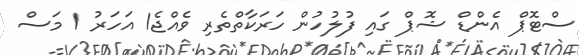
ސްޓޮޕް އެންޑް ޝޮޕް ގައި ފުލުހުން ހަރަކާތްތެރި ވެއްޖެ1 އަހަރު 1 މަސް